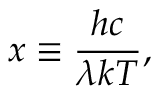
x \equiv { \frac { h c } { \lambda k T } } ,